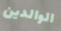
الوالدين